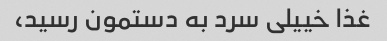
غذا خییلی سرد به دستمون رسید،